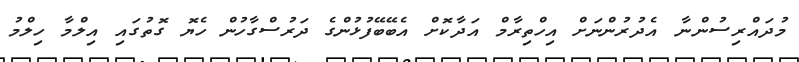
މުދައްރިސުންނާ އެދުރުންނަށް އިހްތިރާމް އަދާކޮށް އެބޭބޭފުޅުންގެ ދަރުސްގާހުން ހެޔޮ ގޮތުގައި އިލްމާ ހިލްމު